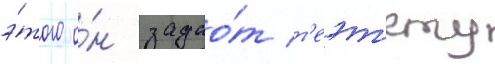
э́того о́н задао́т т'еэт'ету